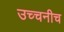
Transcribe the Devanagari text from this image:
उच्चनीच